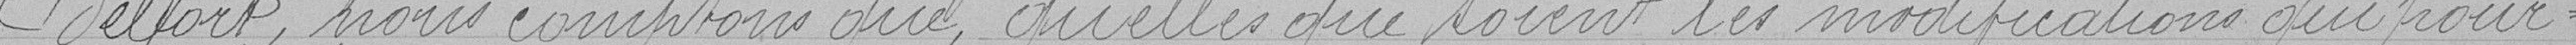
Belfort, nous comptons que, quelles que soient les modifications qui pour-